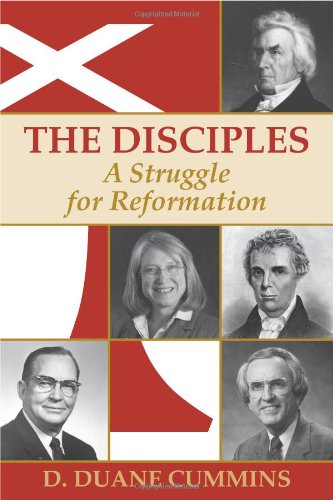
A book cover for The Disciples: A Struggle for Reformation; D. Duane Cummins; Christian Books & Bibles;